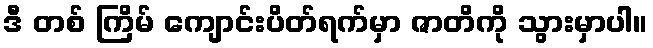
ဒီ တစ် ကြိမ် ကျောင်းပိတ်ရက်မှာ ဇာတိကို သွားမှာပါ။